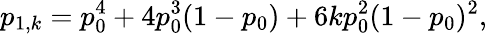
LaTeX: p_{1,k}=p_{0}^{4}+4p_{0}^{3}(1-p_{0})+6kp_{0}^{2}(1-p_{0})^{2},